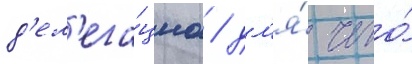
д'ел'ега́циа / дл'я́ чего́